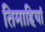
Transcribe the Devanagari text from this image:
तिमाहियां